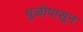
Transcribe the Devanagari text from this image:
धुळीपासून